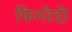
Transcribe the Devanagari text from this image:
फिगरेदो